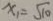
x _ { 1 } = \sqrt { 1 0 }